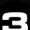
Digit: 3